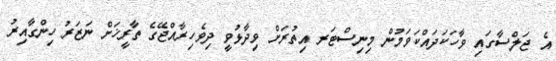
އެ ޖަލްސާގައި ވާހަކަދައްކަވަމުން މިނިސްޓަރ އިތުރަށް ވިދާޅުވީ ދިވެހިރާއްޖޭގެ ތާރީޚަށް ނަޒަރު ހިންގާއިރު